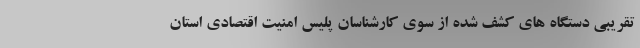
تقریبی دستگاه های کشف شده از سوی کارشناسان پلیس امنیت اقتصادی استان